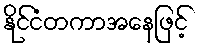
နိုင်ငံတကာအနေဖြင့်